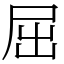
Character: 屈